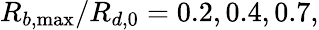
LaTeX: R_{b,\operatorname*{max}}/R_{d,0}=0.2,0.4,0.7,